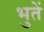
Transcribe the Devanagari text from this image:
भुतें